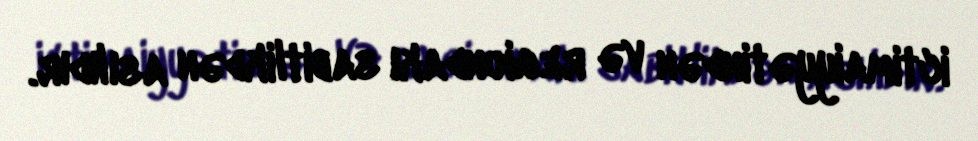
ictimaiyyətindən və regiondakı sabitlikdən asılıdır.